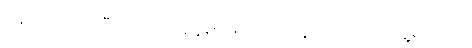
နေရာမှထ၍ ပီယာအား နေရာဖယ်ပေးနေသည်ကို တွေ့ရသည်။